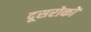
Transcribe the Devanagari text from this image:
दूसरोकों